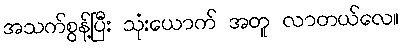
အသက်စွန့်ပြီး သုံးယောက် အတူ လာတယ်လေ။